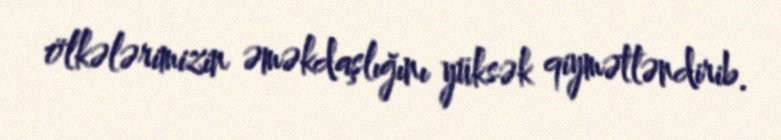
ölkələrimizin əməkdaşlığını yüksək qiymətləndirib.